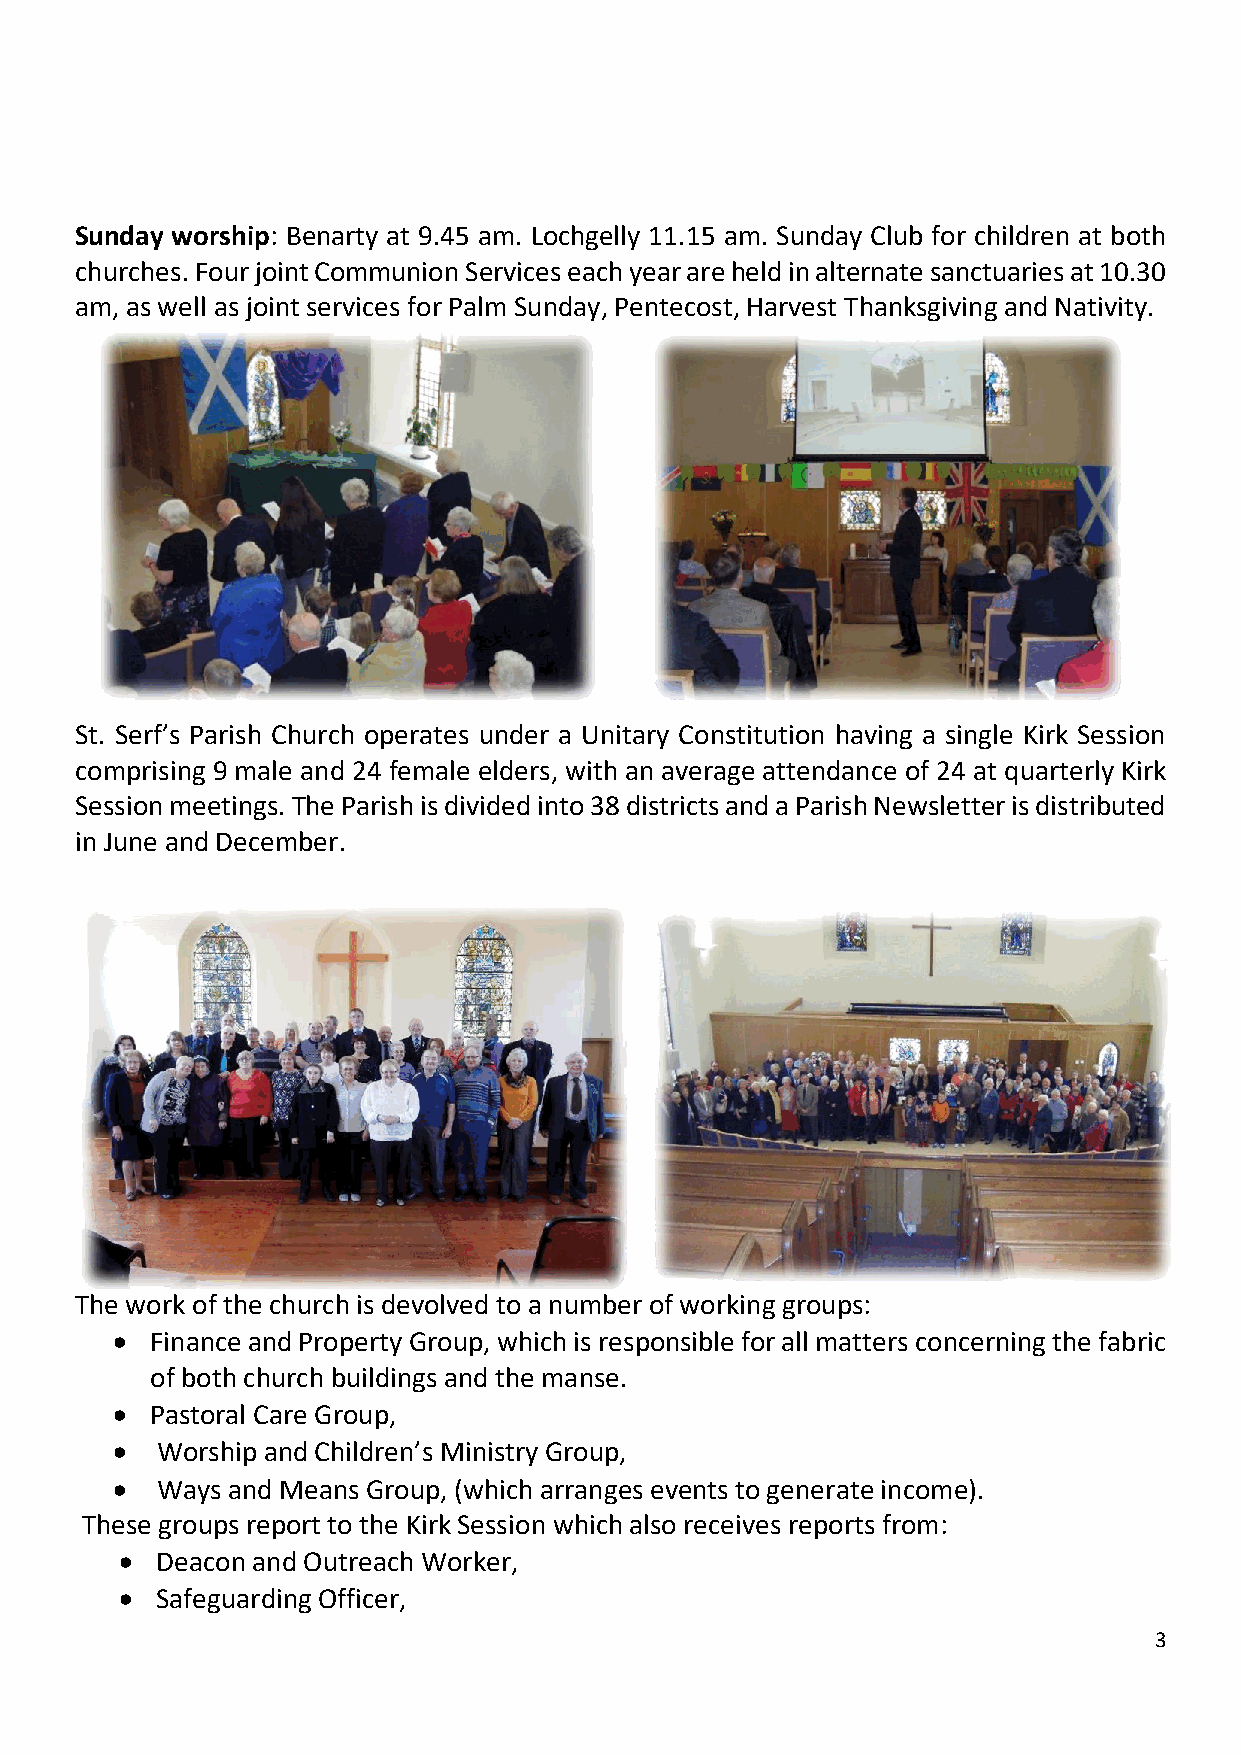
Sunday worship: Benarty at 9.45 am. Lochgelly 11.15 am. Sunday Club for children at both
 churches. Four joint Communion Services each year are held in alternate sanctuaries at 10.30
 am, as well as joint services for Palm Sunday, Pentecost, Harvest Thanksgiving and Nativity.
 St. Serf’s Parish Church operates under a Unitary Constitution having a single Kirk Session
 comprising 9 male and 24 female elders, with an average attendance of 24 at quarterly Kirk
 Session meetings. The Parish is divided into 38 districts and a Parish Newsletter is distributed
 in June and December.
 The work of the church is devolved to a number of working groups:
   Finance and Property Group, which is responsible for all matters concerning the fabric
 of both church buildings and the manse.
   Pastoral Care Group,
   Worship and Children’s Ministry Group,
   Ways and Means Group, (which arranges events to generate income).
 These groups report to the Kirk Session which also receives reports from:
  Deacon and Outreach Worker,
  Safeguarding Officer,
 3